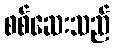
စစ်ဆေးသည်